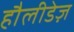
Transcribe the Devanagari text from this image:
हौलीडेज़